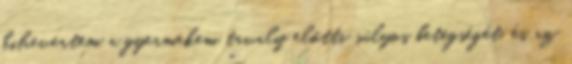
kihevertem a gyermekem tavaly előtti súlyos betegségét, és az